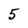
Character: 5